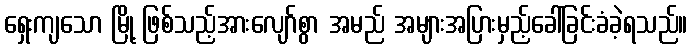
ရှေးကျသော မြို့ ဖြစ်သည့်အားလျော်စွာ အမည် အများအပြားမှည့်ခေါ်ခြင်းခံခဲ့ရသည်။